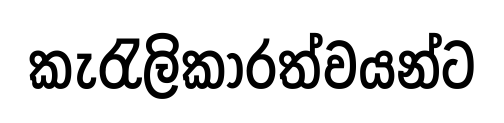
කැරැලිකාරත්වයන්ට